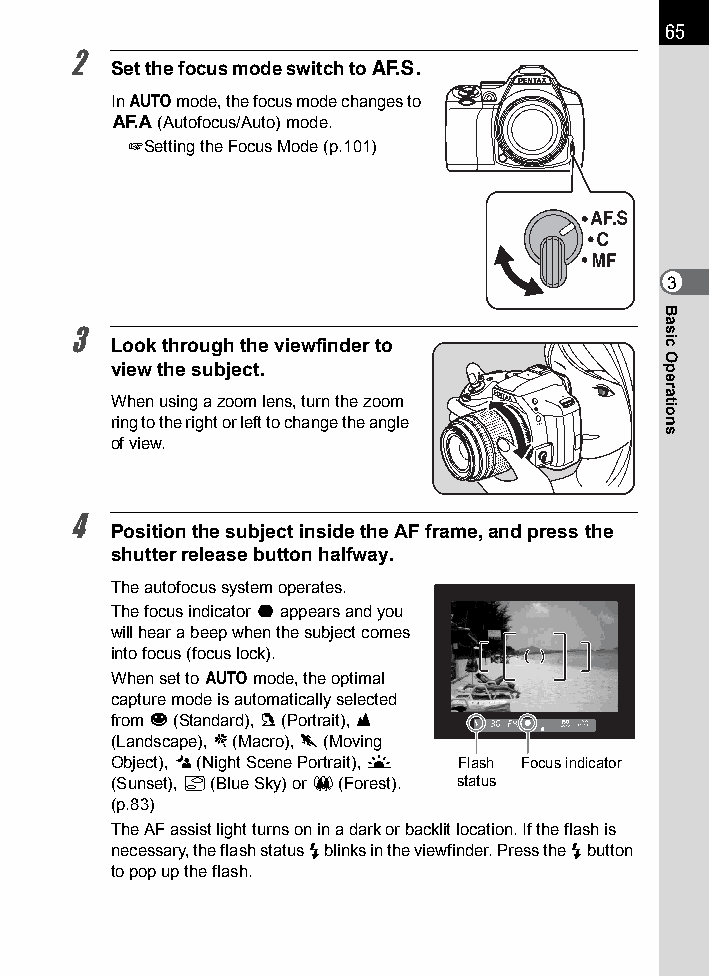
65
 2
 Set the focus mode switch to l.
 In n mode, the focus mode changes to
 f  (Autofocus/Auto) mode.
 1Setting the Focus Mode (p.101)
 3
 3
 Look through the viewfinder to
 view the subject.
 When using a zoom lens, turn the zoom
 ring to the right or left to change the angle
 of view.
 4
 Position the subject inside the AF frame, and press the
 shutter release button halfway.
 The autofocus system operates.
 The focus indicator ] appears and you
 will hear a beep when the subject comes
 into focus (focus lock).
 When set to n mode, the optimal
 capture mode is automatically selected
 from U (Standard), c (Portrait), s
 (Landscape), b (Macro), \ (Moving
 Object), . (Night Scene Portrait), K Flash Focus indicator
 (Sunset), d (Blue Sky) or x (Forest). status
 (p.83)
 The AF assist light turns on in a dark or backlit location. If the flash is
 necessary, the flash status E blinks in the viewfinder. Press the E button
 to pop up the flash.
 Basic
 Operations